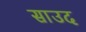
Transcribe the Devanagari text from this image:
साउद